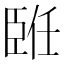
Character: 𦣨